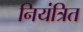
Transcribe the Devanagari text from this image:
नियंत्रित